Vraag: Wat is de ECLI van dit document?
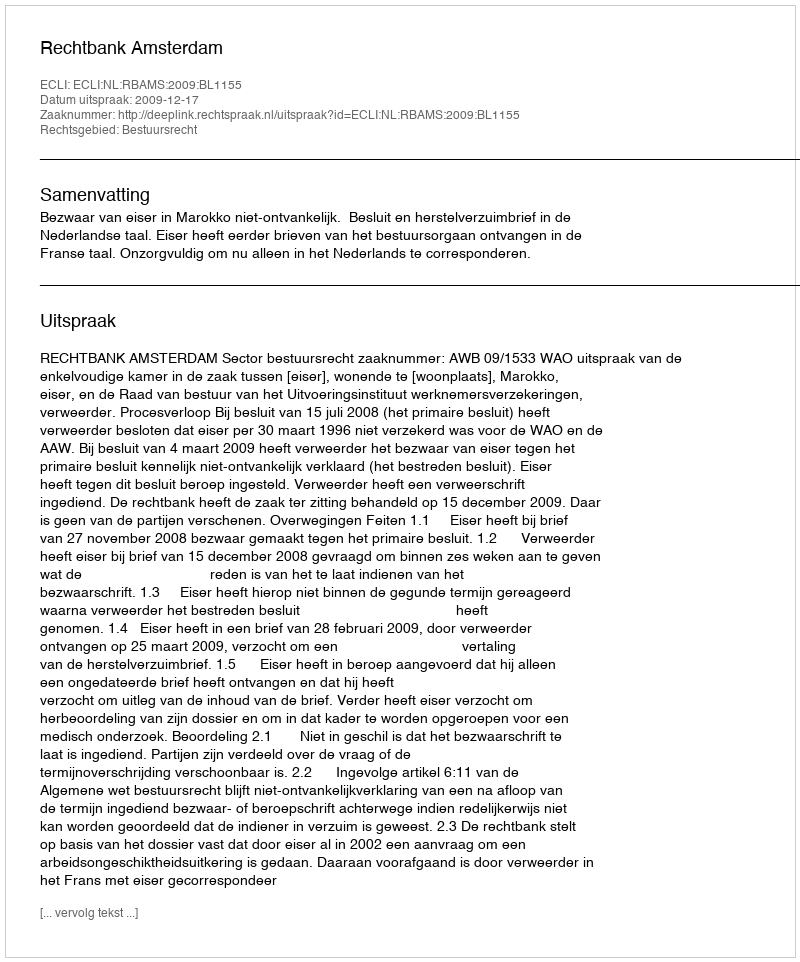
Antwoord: ECLI:NL:RBAMS:2009:BL1155